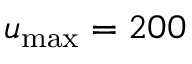
u _ { \mathrm { m a x } } = 2 0 0